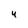
Character: 4